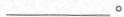
___。